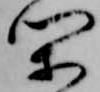
閑